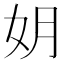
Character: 𫰒